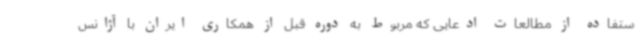
ستفاده از مطالعات ادعایی که مربوط به دوره قبل از همکاری ایران با آژانس